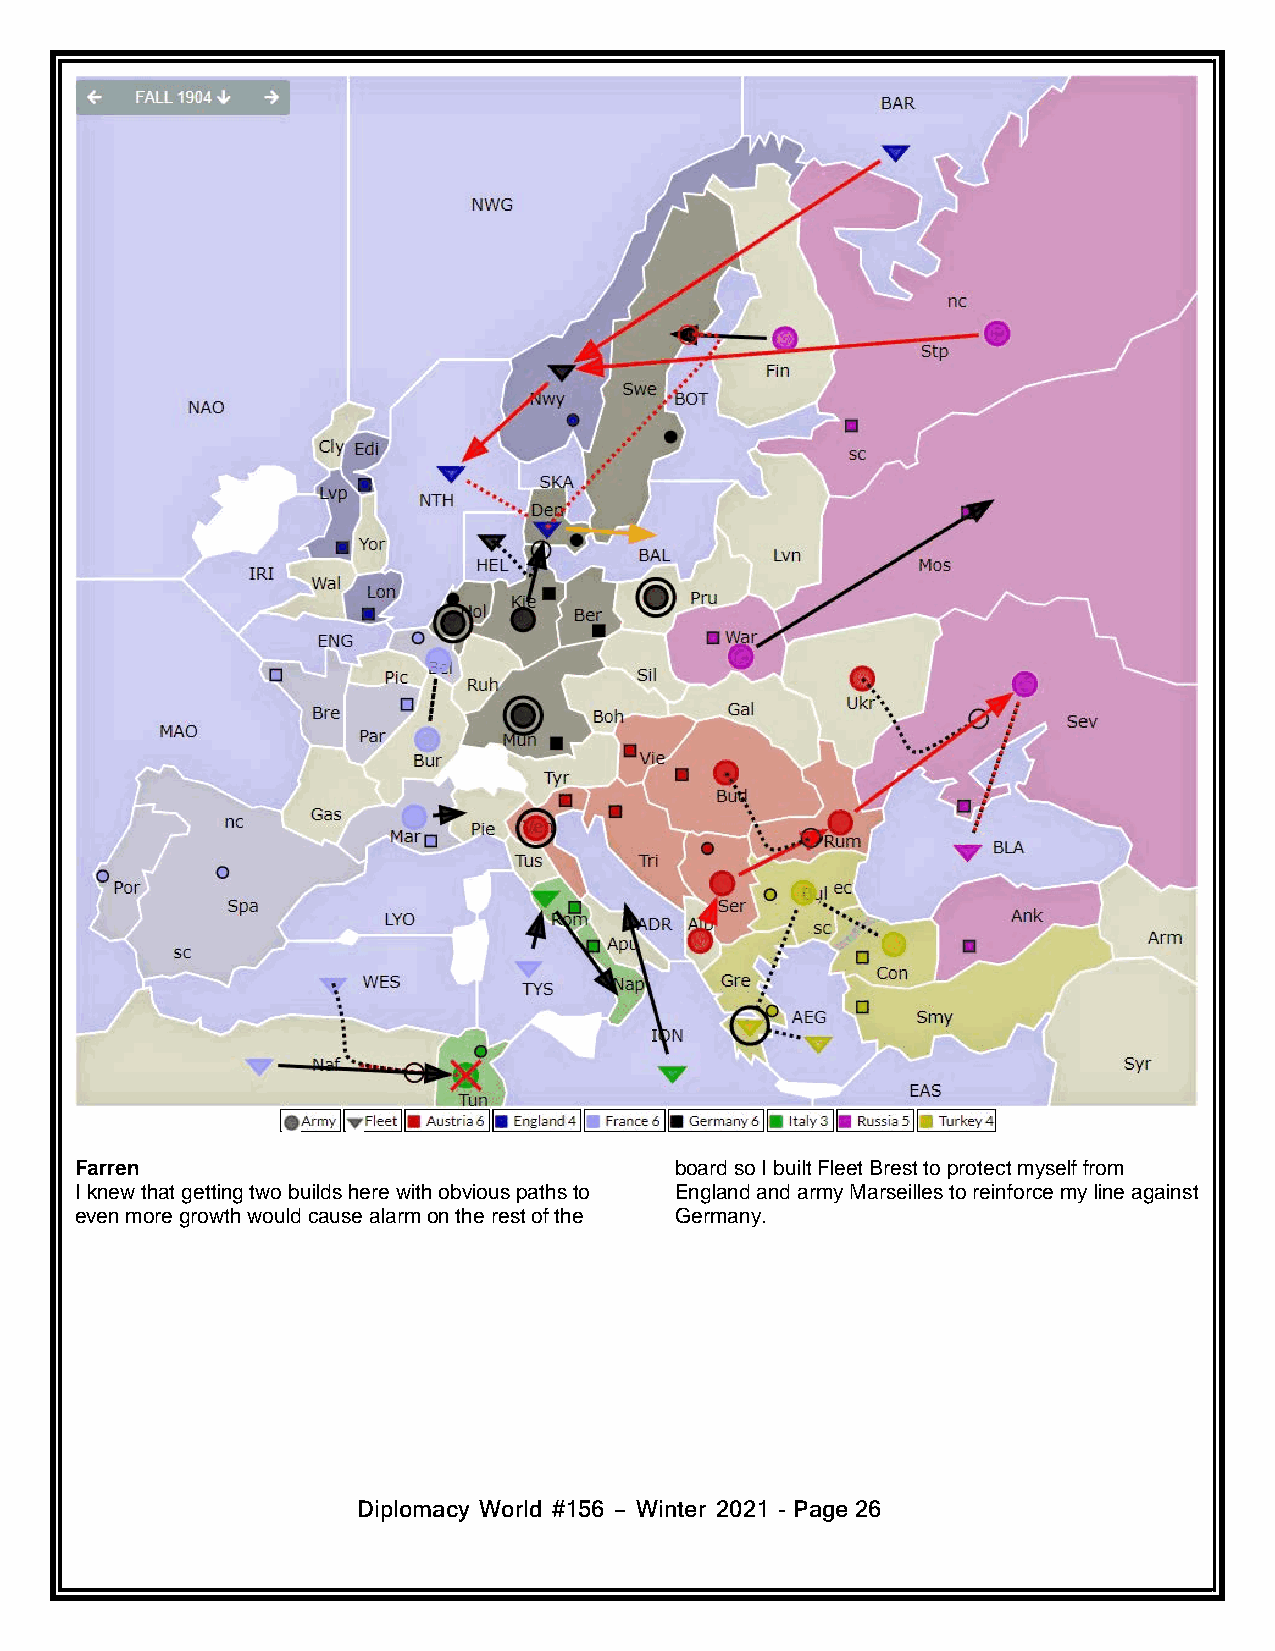
Farren                                  board so I built Fleet Brest to protect myself from
 I knew that getting two builds here with obvious paths to England and army Marseilles to reinforce my line against
 even more growth would cause alarm on the rest of the Germany.
 Diplomacy World #156 – Winter 2021 - Page26